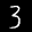
Label: 3